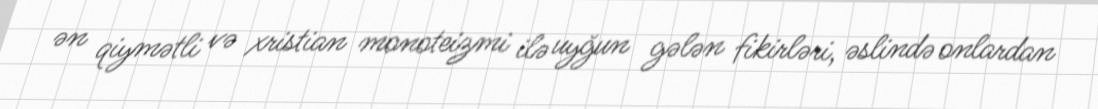
ən qiymətli və xristian monoteizmi ilə uyğun gələn fikirləri, əslində onlardan